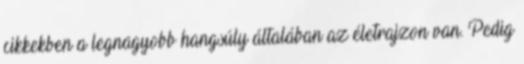
cikkekben a legnagyobb hangsúly általában az életrajzon van. Pedig